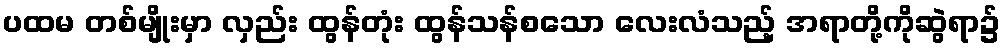
ပထမ တစ်မျိုးမှာ လှည်း ထွန်တုံး ထွန်သန်စသော လေးလံသည့် အရာတို့ကိုဆွဲရာ၌